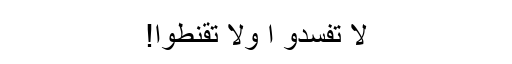
لا تُفسِدُو ا وَلا تَقنطوا!